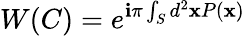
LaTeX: W(C)=e^{\mathbf{i}\pi\int_{S}d^{2}\mathbf{x}P(\mathbf{x})}